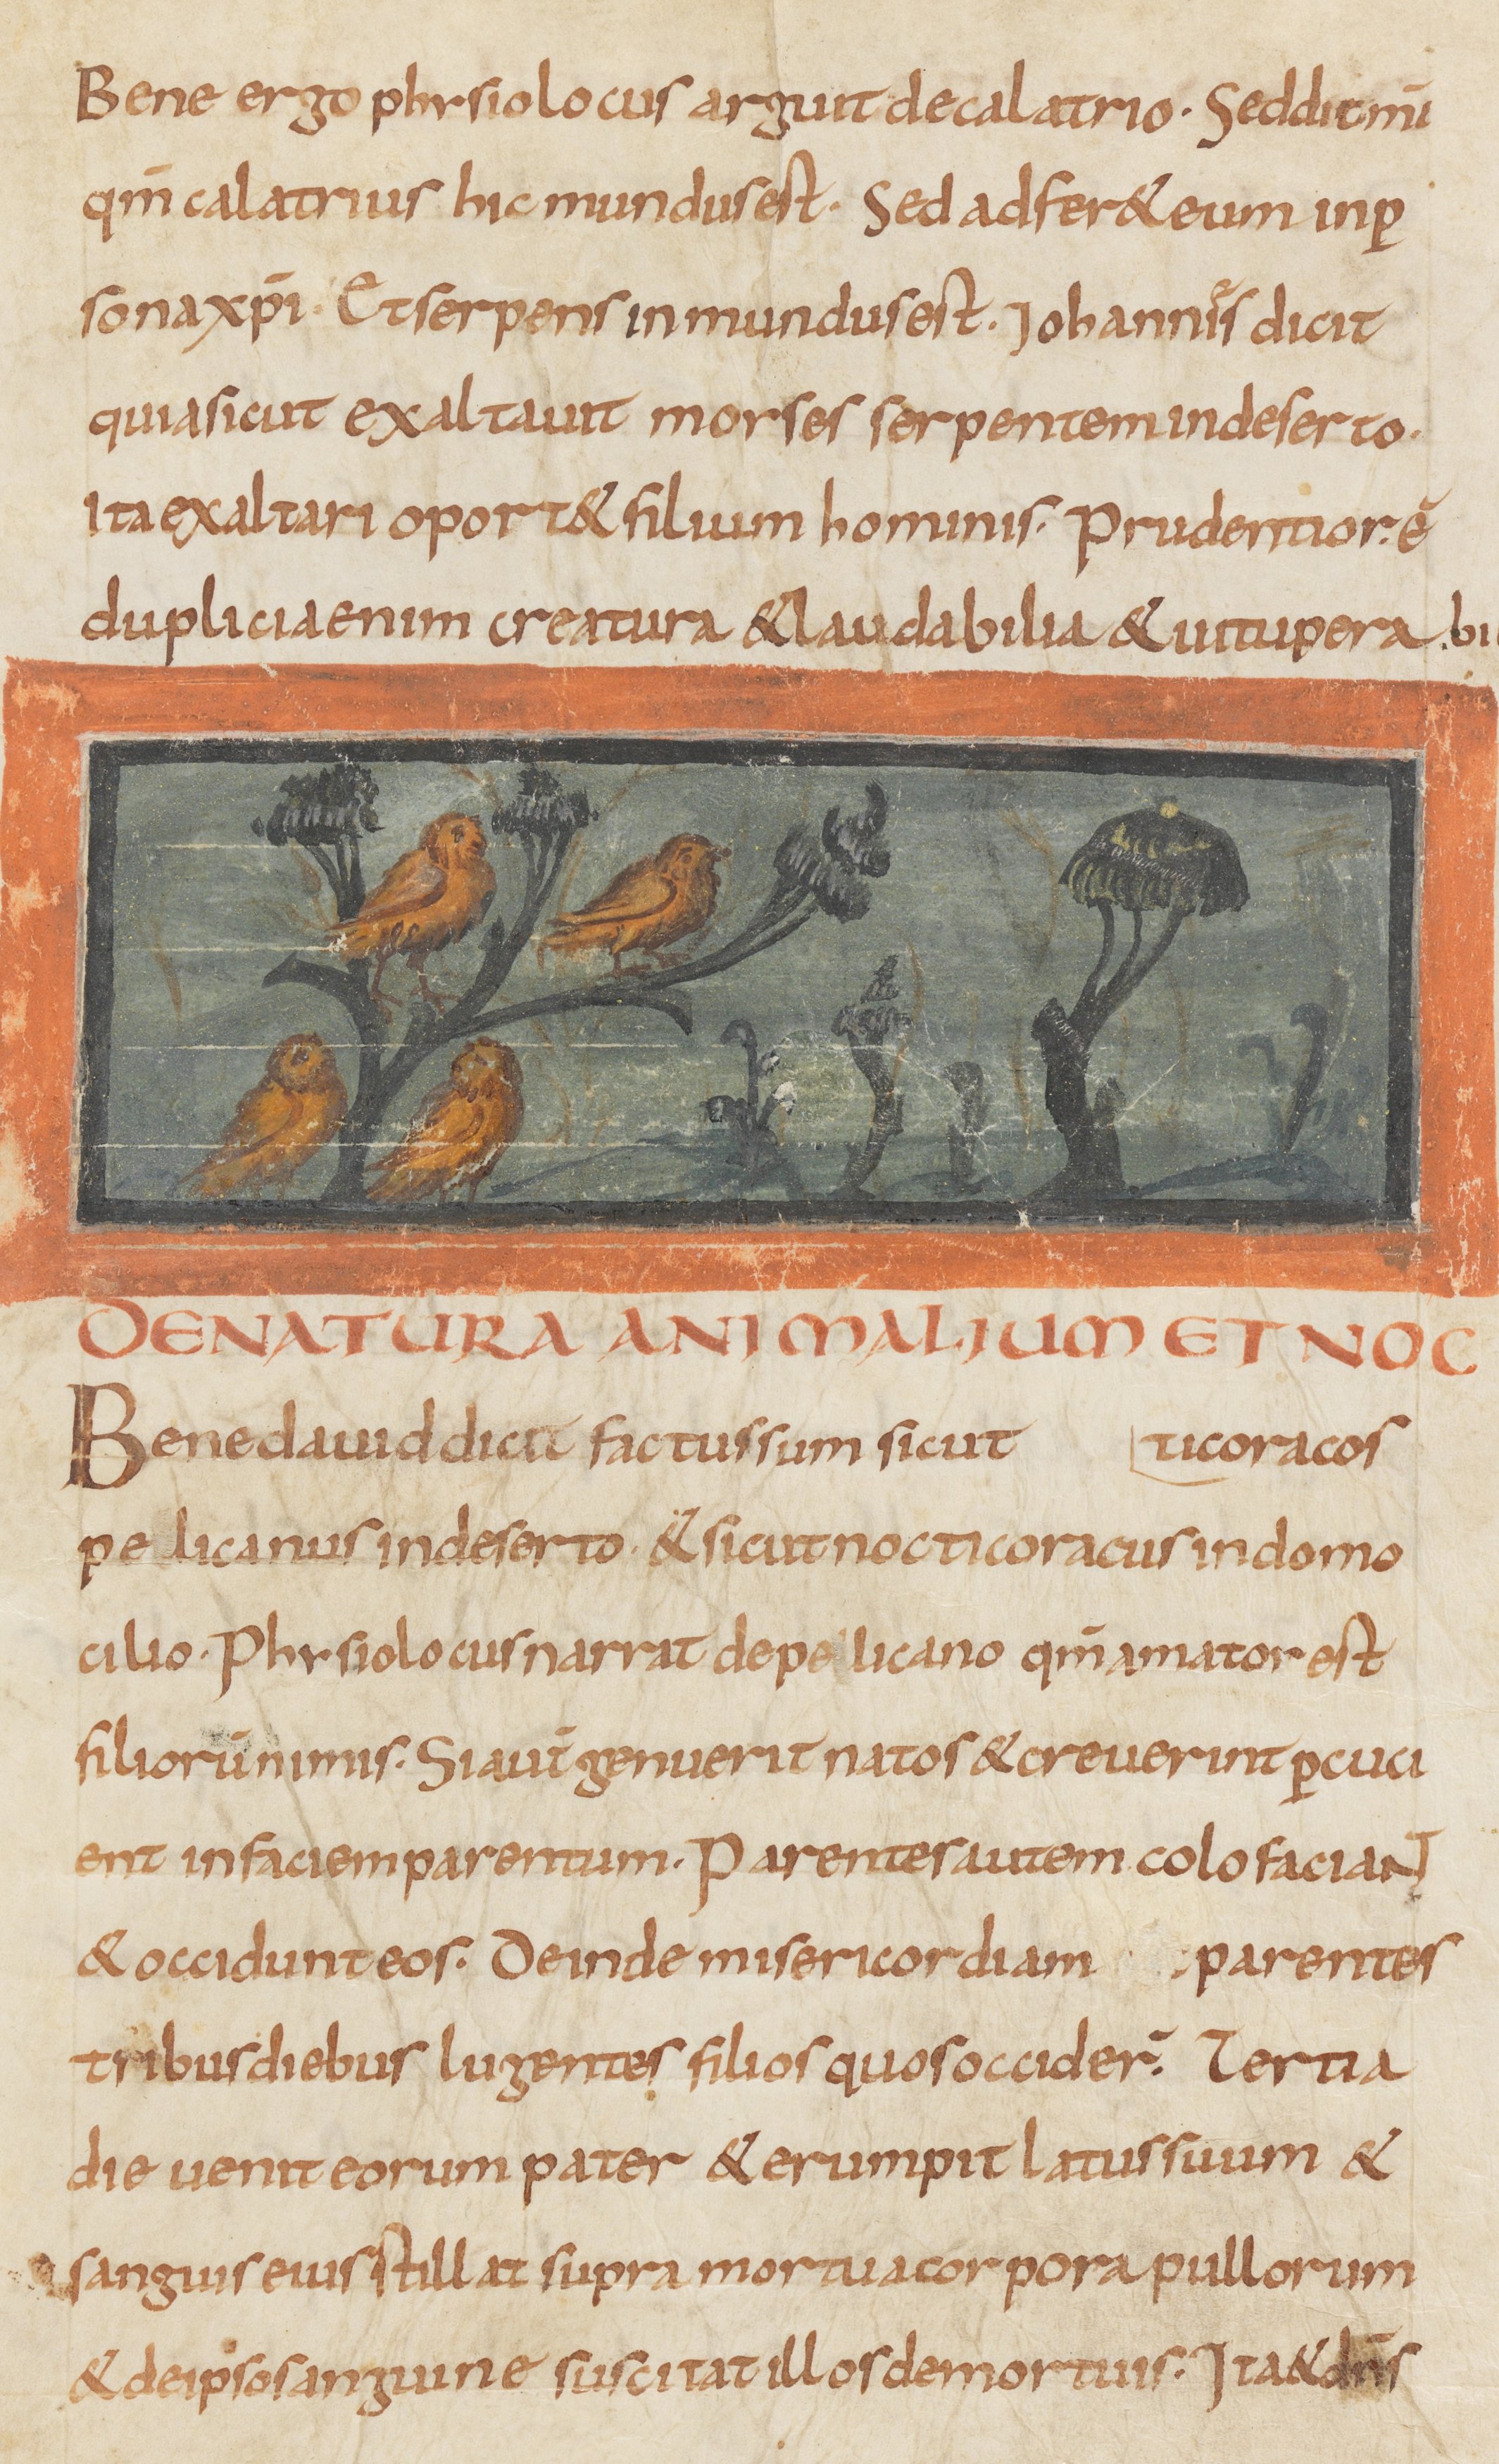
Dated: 815–845